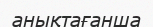
анықтағанша